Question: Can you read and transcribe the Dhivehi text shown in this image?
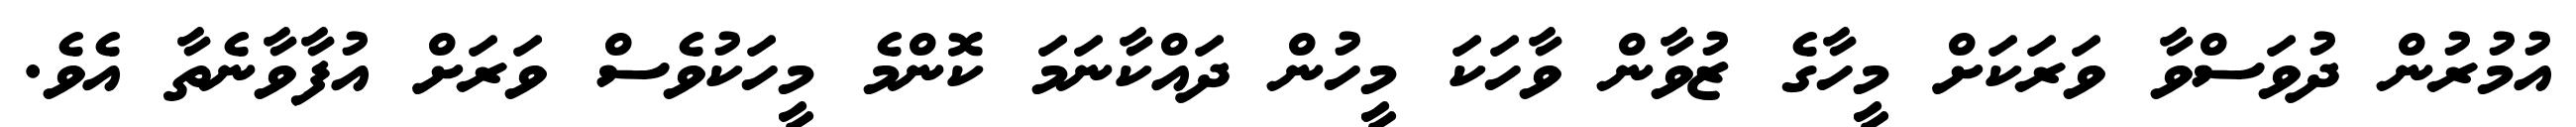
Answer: އުމުރުން ދުވަސްވާ ވަރަކަށް މީހާގެ ޒުވާން ވާހަކަ މީހުން ދައްކާނަމަ ކޮންމެ މީހަކުވެސް ވަރަށް އުފާވާނެތާ އެވެ.